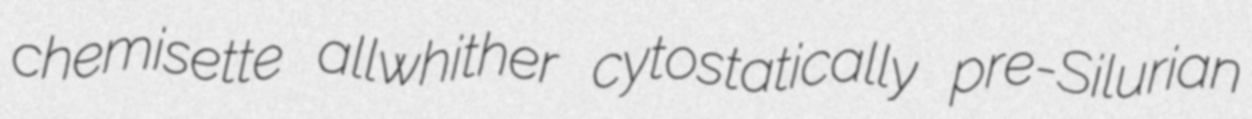
chemisette allwhither cytostatically pre-Silurian